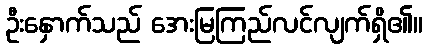
ဦးနှောက်သည် အေးမြကြည်လင်လျက်ရှိ၏။